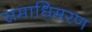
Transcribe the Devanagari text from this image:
समाधिमरण